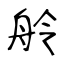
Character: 舲